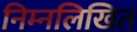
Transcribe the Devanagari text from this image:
निम्‍नलिखित